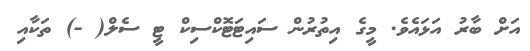
އަށް ބާރު އަޅައެވެ. މީގެ އިތުރުން ސައިޓަޓޮކްސިކް ޓީ ސެލް( -) ތަކާއި